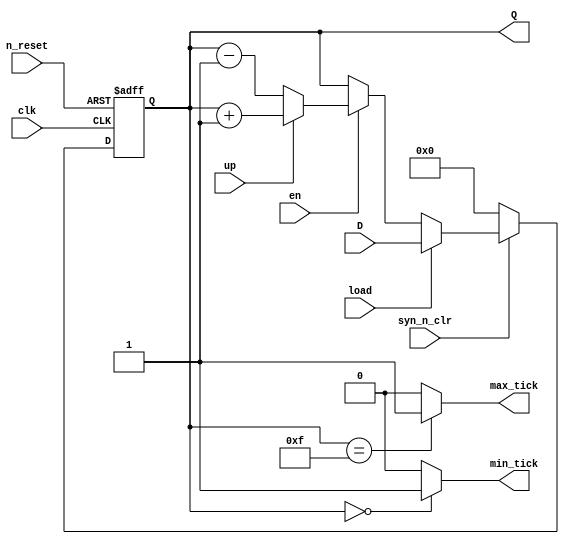
`timescale 1ns / 1ps
//////////////////////////////////////////////////////////////////////////////////
// Company: 
// 
// Design Name: 
// Module Name: univ_cntr
// Project Name: 
// Target Devices: 
// Tool Versions: 
// Description: 
/*
An N bit Universal binary counter that can count up or down, pause, be loaded with a specific value, or be asynchronously or synchronously cleared.
*/
// Dependencies: 
// 
// Revision:
// Revision 0.01 - File Created
// Additional Comments:
// 
//////////////////////////////////////////////////////////////////////////////////


module univ_cntr
#(parameter N = 4 )
    (
        input wire clk, n_reset,
        input wire syn_n_clr, en, up, load,
        input wire [N-1: 0] D,
        output wire max_tick, min_tick,
        output wire [N-1: 0] Q
    );

    localparam MAX_COUNT = 2**N -1;
    localparam MIN_COUNT = 0;

    reg [N-1: 0] R_current, R_next;

    // register
    always @(posedge clk or negedge n_reset) begin
        if(~n_reset)
            R_current <= 0;
        else
        R_current <= R_next;
    end

    // NS logic
    always @(*) begin
        if(~syn_n_clr)
            R_next = 0;
        else if(load)
            R_next = D;
        else if(~en)  
            R_next = R_current;
        else if(up) 
            R_next = R_current + 1;
        else
            R_next = R_current - 1;
    end

    // OP logic
    assign Q = R_current;
    assign max_tick = (R_current == MAX_COUNT)? 1'b1 : 1'b0;
    assign min_tick = (R_current == MIN_COUNT)? 1'b1 : 1'b0;

endmodule